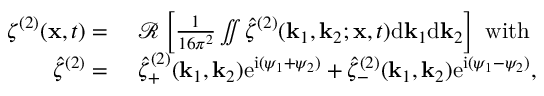
\begin{array} { r l } { \zeta ^ { ( 2 ) } ( \mathbf { x } , t ) = ~ } & { \mathcal { R } \left[ \frac { 1 } { 1 6 \pi ^ { 2 } } \iint \hat { \zeta } ^ { ( 2 ) } ( \mathbf { k } _ { 1 } , \mathbf { k } _ { 2 } ; \mathbf { x } , t ) \mathrm { d } \mathbf { k } _ { 1 } \mathrm { d } \mathbf { k } _ { 2 } \right] ~ \mathrm { w i t h } ~ } \\ { \hat { \zeta } ^ { ( 2 ) } = ~ } & { \hat { \zeta } _ { + } ^ { ( 2 ) } ( \mathbf { k } _ { 1 } , \mathbf { k } _ { 2 } ) \mathrm { e } ^ { \mathrm { i } ( \psi _ { 1 } + \psi _ { 2 } ) } + \hat { \zeta } _ { - } ^ { ( 2 ) } ( \mathbf { k } _ { 1 } , \mathbf { k } _ { 2 } ) \mathrm { e } ^ { \mathrm { i } ( \psi _ { 1 } - \psi _ { 2 } ) } , } \end{array}